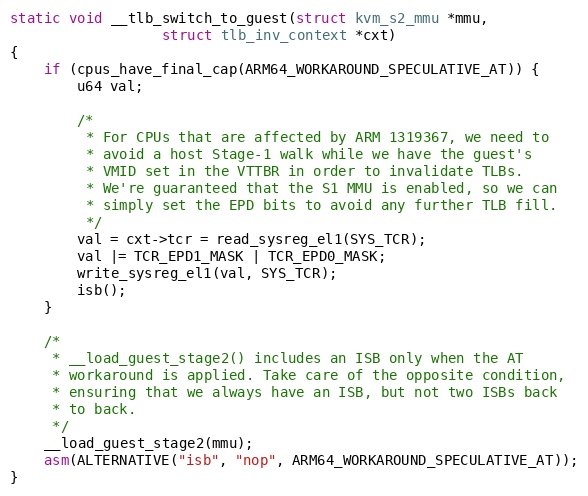
Language: C
static void __tlb_switch_to_guest(struct kvm_s2_mmu *mmu,
				  struct tlb_inv_context *cxt)
{
	if (cpus_have_final_cap(ARM64_WORKAROUND_SPECULATIVE_AT)) {
		u64 val;

		/*
		 * For CPUs that are affected by ARM 1319367, we need to
		 * avoid a host Stage-1 walk while we have the guest's
		 * VMID set in the VTTBR in order to invalidate TLBs.
		 * We're guaranteed that the S1 MMU is enabled, so we can
		 * simply set the EPD bits to avoid any further TLB fill.
		 */
		val = cxt->tcr = read_sysreg_el1(SYS_TCR);
		val |= TCR_EPD1_MASK | TCR_EPD0_MASK;
		write_sysreg_el1(val, SYS_TCR);
		isb();
	}

	/*
	 * __load_guest_stage2() includes an ISB only when the AT
	 * workaround is applied. Take care of the opposite condition,
	 * ensuring that we always have an ISB, but not two ISBs back
	 * to back.
	 */
	__load_guest_stage2(mmu);
	asm(ALTERNATIVE("isb", "nop", ARM64_WORKAROUND_SPECULATIVE_AT));
}